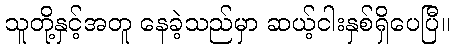
သူတို့နှင့်အတူ နေခဲ့သည်မှာ ဆယ့်ငါးနှစ်ရှိပေပြီ။